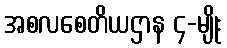
အစလစေတိယဌာန ၄-မျိုး